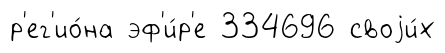
р'ег'ио́на эф'и́р'е 334696 своjи́х